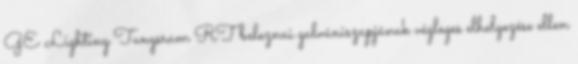
GE Lighting Tungsram RT beleznai galvániszapjának végleges elhelyezése ellen